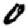
Digit: 0